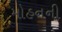
મોહનની